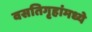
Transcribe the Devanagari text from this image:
वसतिगृहांमध्ये